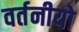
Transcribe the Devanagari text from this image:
वर्तनीयो